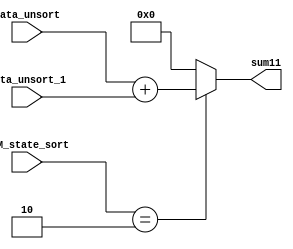
//210bit11bit
module adder10(
    input [9:0] data_unsort, //?
    input [9:0] data_unsort_1, //?
    input [2:0] FSM_state_sort, //?

    output wire [10:0] sum11
);

//wire [2:0] sum4_1;
localparam	Sort	= 3'b010; //?

assign sum11 =(FSM_state_sort == Sort) ? (data_unsort + data_unsort_1) : 0;
 

endmodule